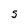
Character: S